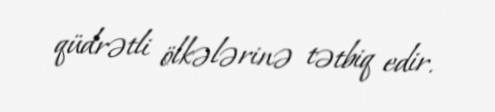
qüdrətli ölkələrinə tətbiq edir.